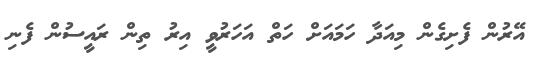
އޭރުން ފެށިގެން މިއަދާ ހަމައަށް ހަތް އަހަރުވީ އިރު ތިން ރައީސުން ފެނި